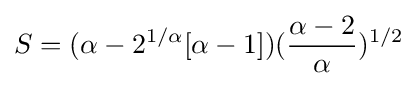
S=(\alpha -2^{1/\alpha }[\alpha -1])({\frac {\alpha -2}{\alpha }})^{1/2}